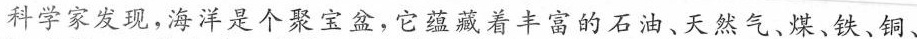
科学家发现，海洋是个聚宝盆，它蕴藏着丰富的石油、天然气、煤、铁、铜、